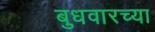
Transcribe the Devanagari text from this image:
बुधवारच्या